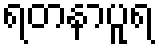
ရတနာပူရ